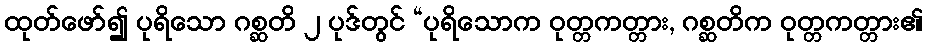
ထုတ်ဖော်၍ ပုရိသော ဂစ္ဆတိ ၂ ပုဒ်တွင် “ပုရိသောက ဝုတ္တကတ္တား, ဂစ္ဆတိက ဝုတ္တကတ္တား၏